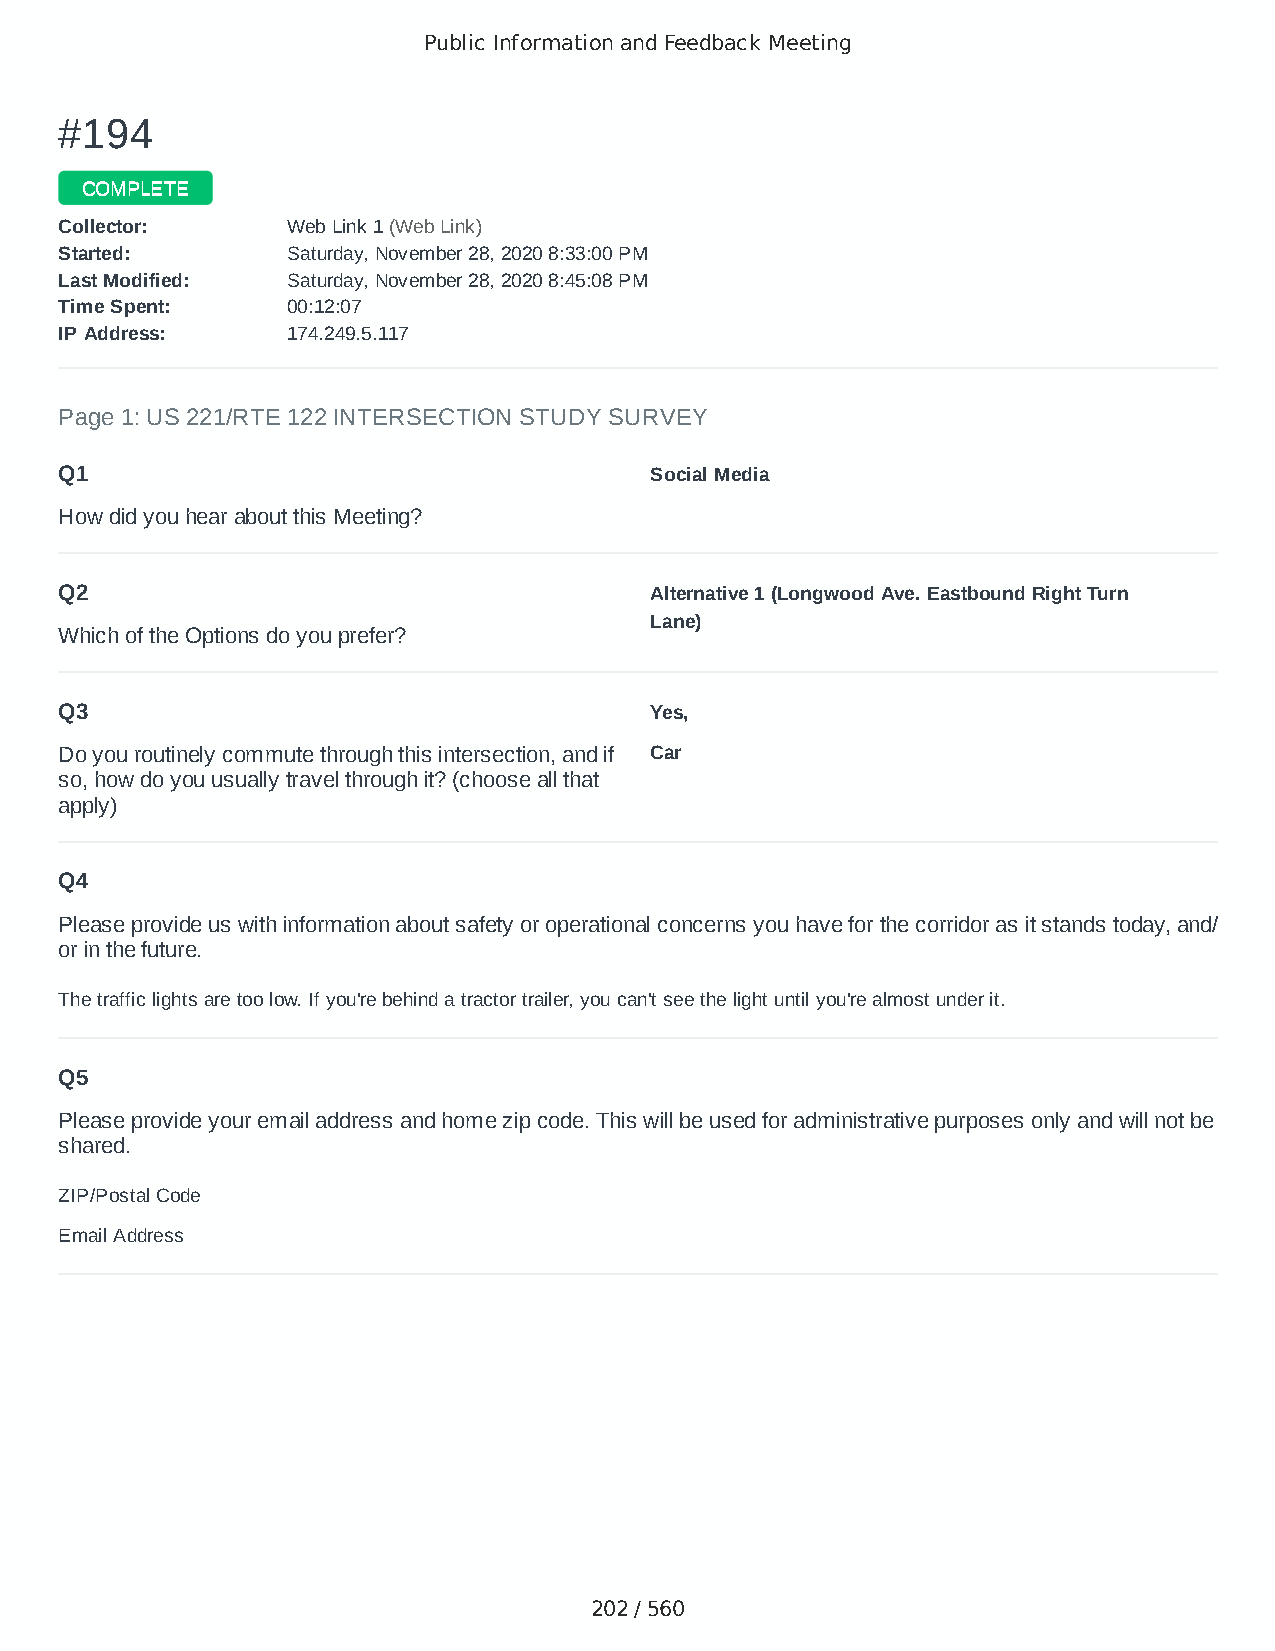
Public Information and Feedback Meeting
 ##119944
 CCOOMMPPLLEETTEE
 CCoolllleeccttoorr:: WWeebb LLiinnkk 11 ((WWeebb LLiinnkk))
 SSttaarrtteedd:: SSaattuurrddaayy,, NNoovveemmbbeerr 2288,, 22002200 88::3333::0000 PPMM
 LLaasstt MMooddiiffiieedd:: SSaattuurrddaayy,, NNoovveemmbbeerr 2288,, 22002200 88::4455::0088 PPMM
 TTiimmee SSppeenntt:: 0000::1122::0077
 IIPP AAddddrreessss:: 117744..224499..55..111177
 Page 1: US 221/RTE 122 INTERSECTION STUDY SURVEY
 Q1                                     Social Media
 How did you hear about this Meeting?
 Q2                                     Alternative 1 (Longwood Ave. Eastbound Right Turn
 Lane)
 Which of the Options do you prefer?
 Q3                                     Yes,
 Do you routinely commute through this intersection, and if Car
 so, how do you usually travel through it? (choose all that
 apply)
 Q4
 Please provide us with information about safety or operational concerns you have for the corridor as it stands today, and/
 or in the future.
 The traffic lights are too low. If you're behind a tractor trailer, you can't see the light until you're almost under it.
 Q5
 Please provide your email address and home zip code. This will be used for administrative purposes only and will not be
 shared.
 ZIP/Postal Code                        24523
 Email Address                          jahazelrigg@gmail.com
 202 / 560